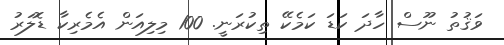
ވަޤުތު ނޫސް ހާދަ ކަޑަ ކަމެކޭ ތިކުރަނީ. 100 މިލިއަން އެމެރިކާ ޑޮލަރު